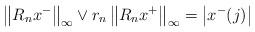
LaTeX: \begin{align*}\left\|R_n x^-\right\|_\infty\vee r_n\left\|R_n x^+\right\|_\infty=\left|x^-(j)\right|\end{align*}